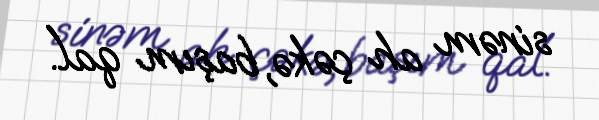
sinəm ah çəkə, başım qal.